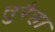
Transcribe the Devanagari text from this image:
तुरैहा